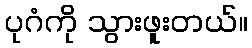
ပုဂံကို သွားဖူးတယ်။